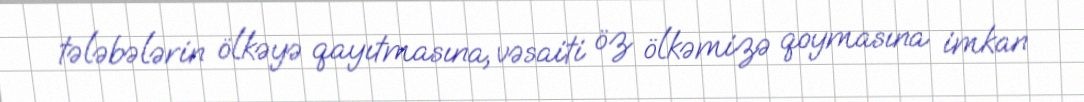
tələbələrin ölkəyə qayıtmasına, vəsaiti öz ölkəmizə qoymasına imkan